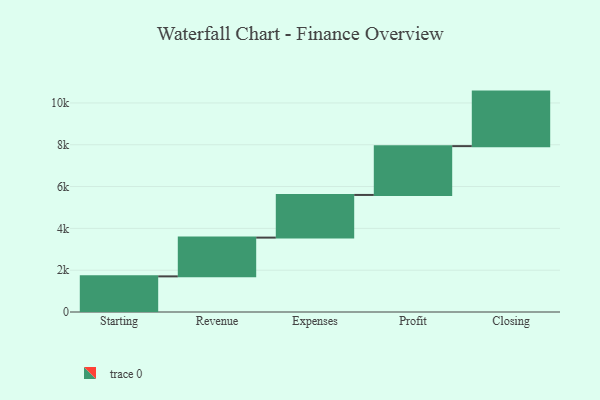
{"axis": {"x": "Step", "y": "Value"}, "legend": [""], "data": [{"x": "Starting", "y": 1704.0, "type": ""}, {"x": "Revenue", "y": 1854.0, "type": ""}, {"x": "Expenses", "y": 2041.0, "type": ""}, {"x": "Profit", "y": 2335.0, "type": ""}, {"x": "Closing", "y": 2608.0, "type": ""}]}